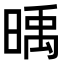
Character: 𣈭